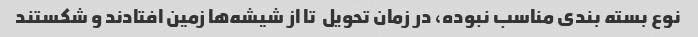
نوع بسته بندی مناسب نبوده، در زمان تحویل  تا از شیشه‌ها زمین افتادند و شکستند